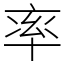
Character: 率